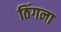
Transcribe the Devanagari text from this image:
ठिंगना